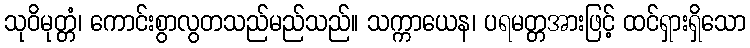
သုဝိမုတ္တံ၊ ကောင်းစွာလွတသည်မည်သည်။ သက္ကာယေန၊ ပရမတ္တအားဖြင့် ထင်ရှားရှိသော